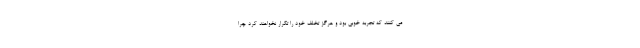
می کنند که تجربه خوبی بود و هرگز تخلف خود را تکرار نخواهند کرد چرا